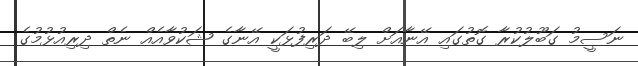
ނަސީމު ގަބޫލުކުރާ ގޮތުގައި އޭނާއަށް ލިބޭ ދަރިފުޅަކީ އޭނާގެ ޝަކުވާއެއް ނެތް ދިރިއުޅުމުގެ